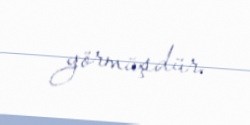
görmüşdür.